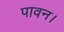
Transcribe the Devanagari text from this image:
पावन।